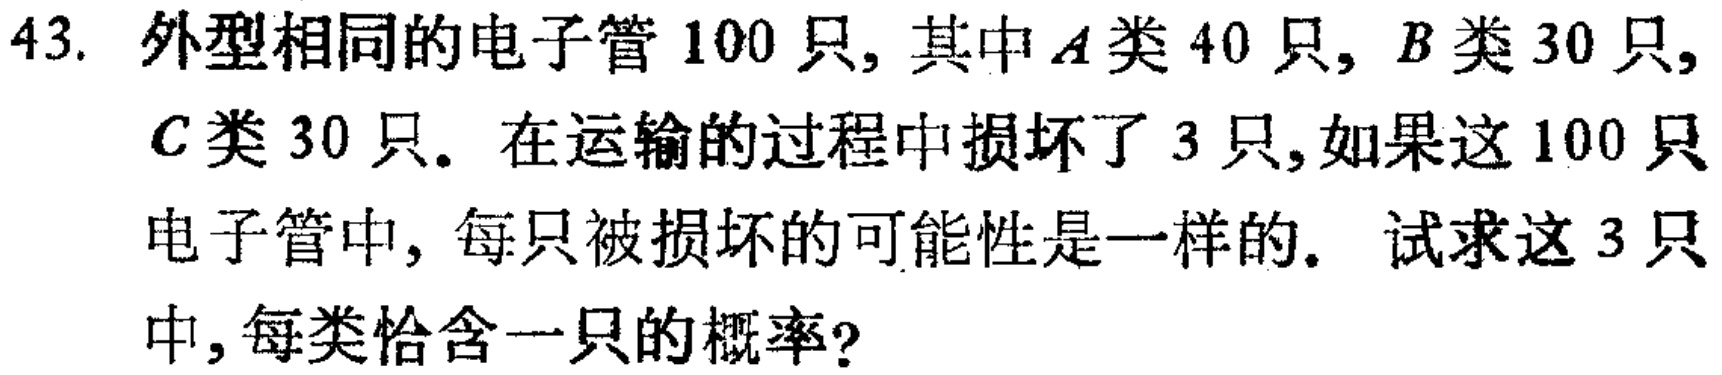
43. 外型相同的电子管 100 只, 其中$A$类 40 只, $B$类 30 只, $C$类 30 只. 在运输的过程中损坏了 3 只, 如果这 100 只电子管中, 每只被损坏的可能性是一样的. 试求这 3 只中, 每类恰含一只的概率?